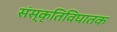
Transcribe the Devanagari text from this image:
संस्कृतिविघातक